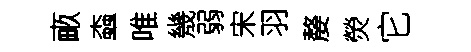
畞螙唯㡬弱宋羽嫠熒它